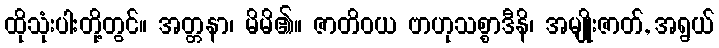
ထိုသုံးပါးတို့တွင်။ အတ္တနာ၊ မိမိ၏။ ဇာတိဝယ ဗာဟုသစ္စာဒီနိ၊ အမျိုးဇာတ်, အရွယ်